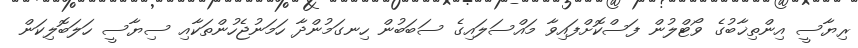
ރިޔާސީ އިންތިޚާބުގެ ވޯޓްލުން ފަސްކޮށްފައިވާ މައްސަލައިގެ ސަބަބުން ހިނގަމުންދާ ހަމަނުޖެހުންތަކާއި ސިޔާސީ ހަލަބޮލިކަން